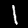
Label: 1